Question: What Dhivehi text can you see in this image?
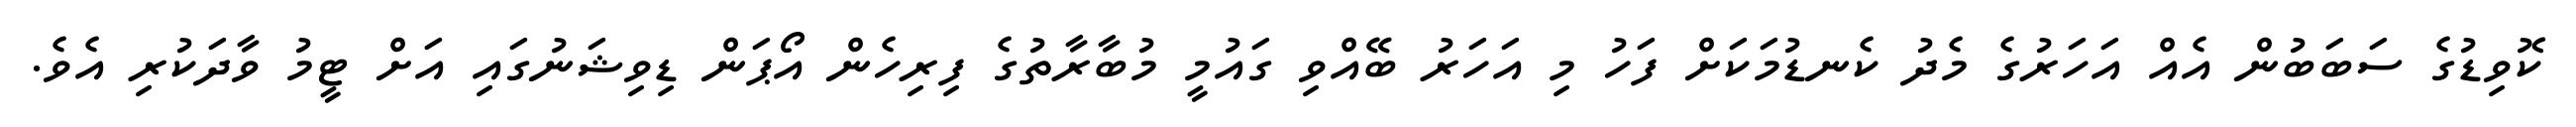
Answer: ކޮވިޑުގެ ސަބަބުން އެއް އަހަރުގެ މެދު ކެނޑުމަކަށް ފަހު މި އަހަރު ބޭއްވި ގައުމީ މުބާރާތުގެ ފިރިހެން އޯޕަން ޑިވިޝަނުގައި އަށް ޓީމު ވާދަކުރި އެވެ.